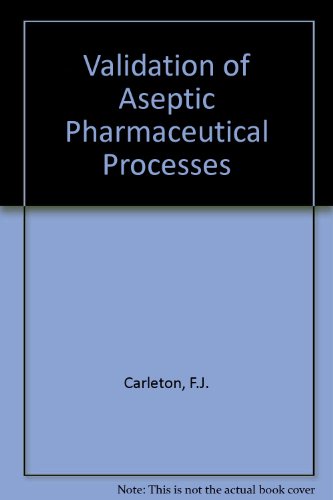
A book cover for Validation of Aseptic Pharmaceutical Processes; Frederick J. Carleton; Medical Books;